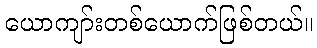
ယောကျာ်းတစ်ယောက်ဖြစ်တယ်။